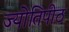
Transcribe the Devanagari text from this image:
ज्योतिपीठ